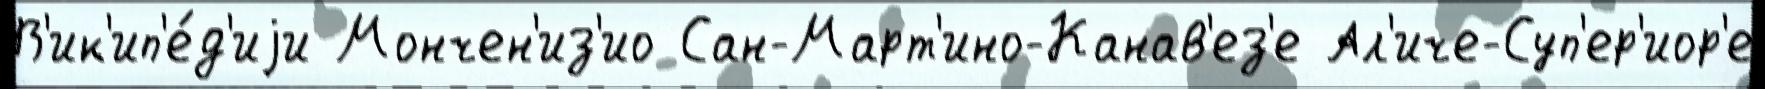
В'ик'ип'е́д'иjи Мончен'из'ио Сан-Март'ино-Канав'ез'е Ал'иче-Суп'ер'иор'е